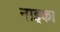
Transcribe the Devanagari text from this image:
नाइका